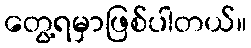
တွေ့ရမှာဖြစ်ပါတယ်။